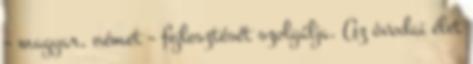
– magyar, német – fejlesztését szolgálja. Az óvodai élet